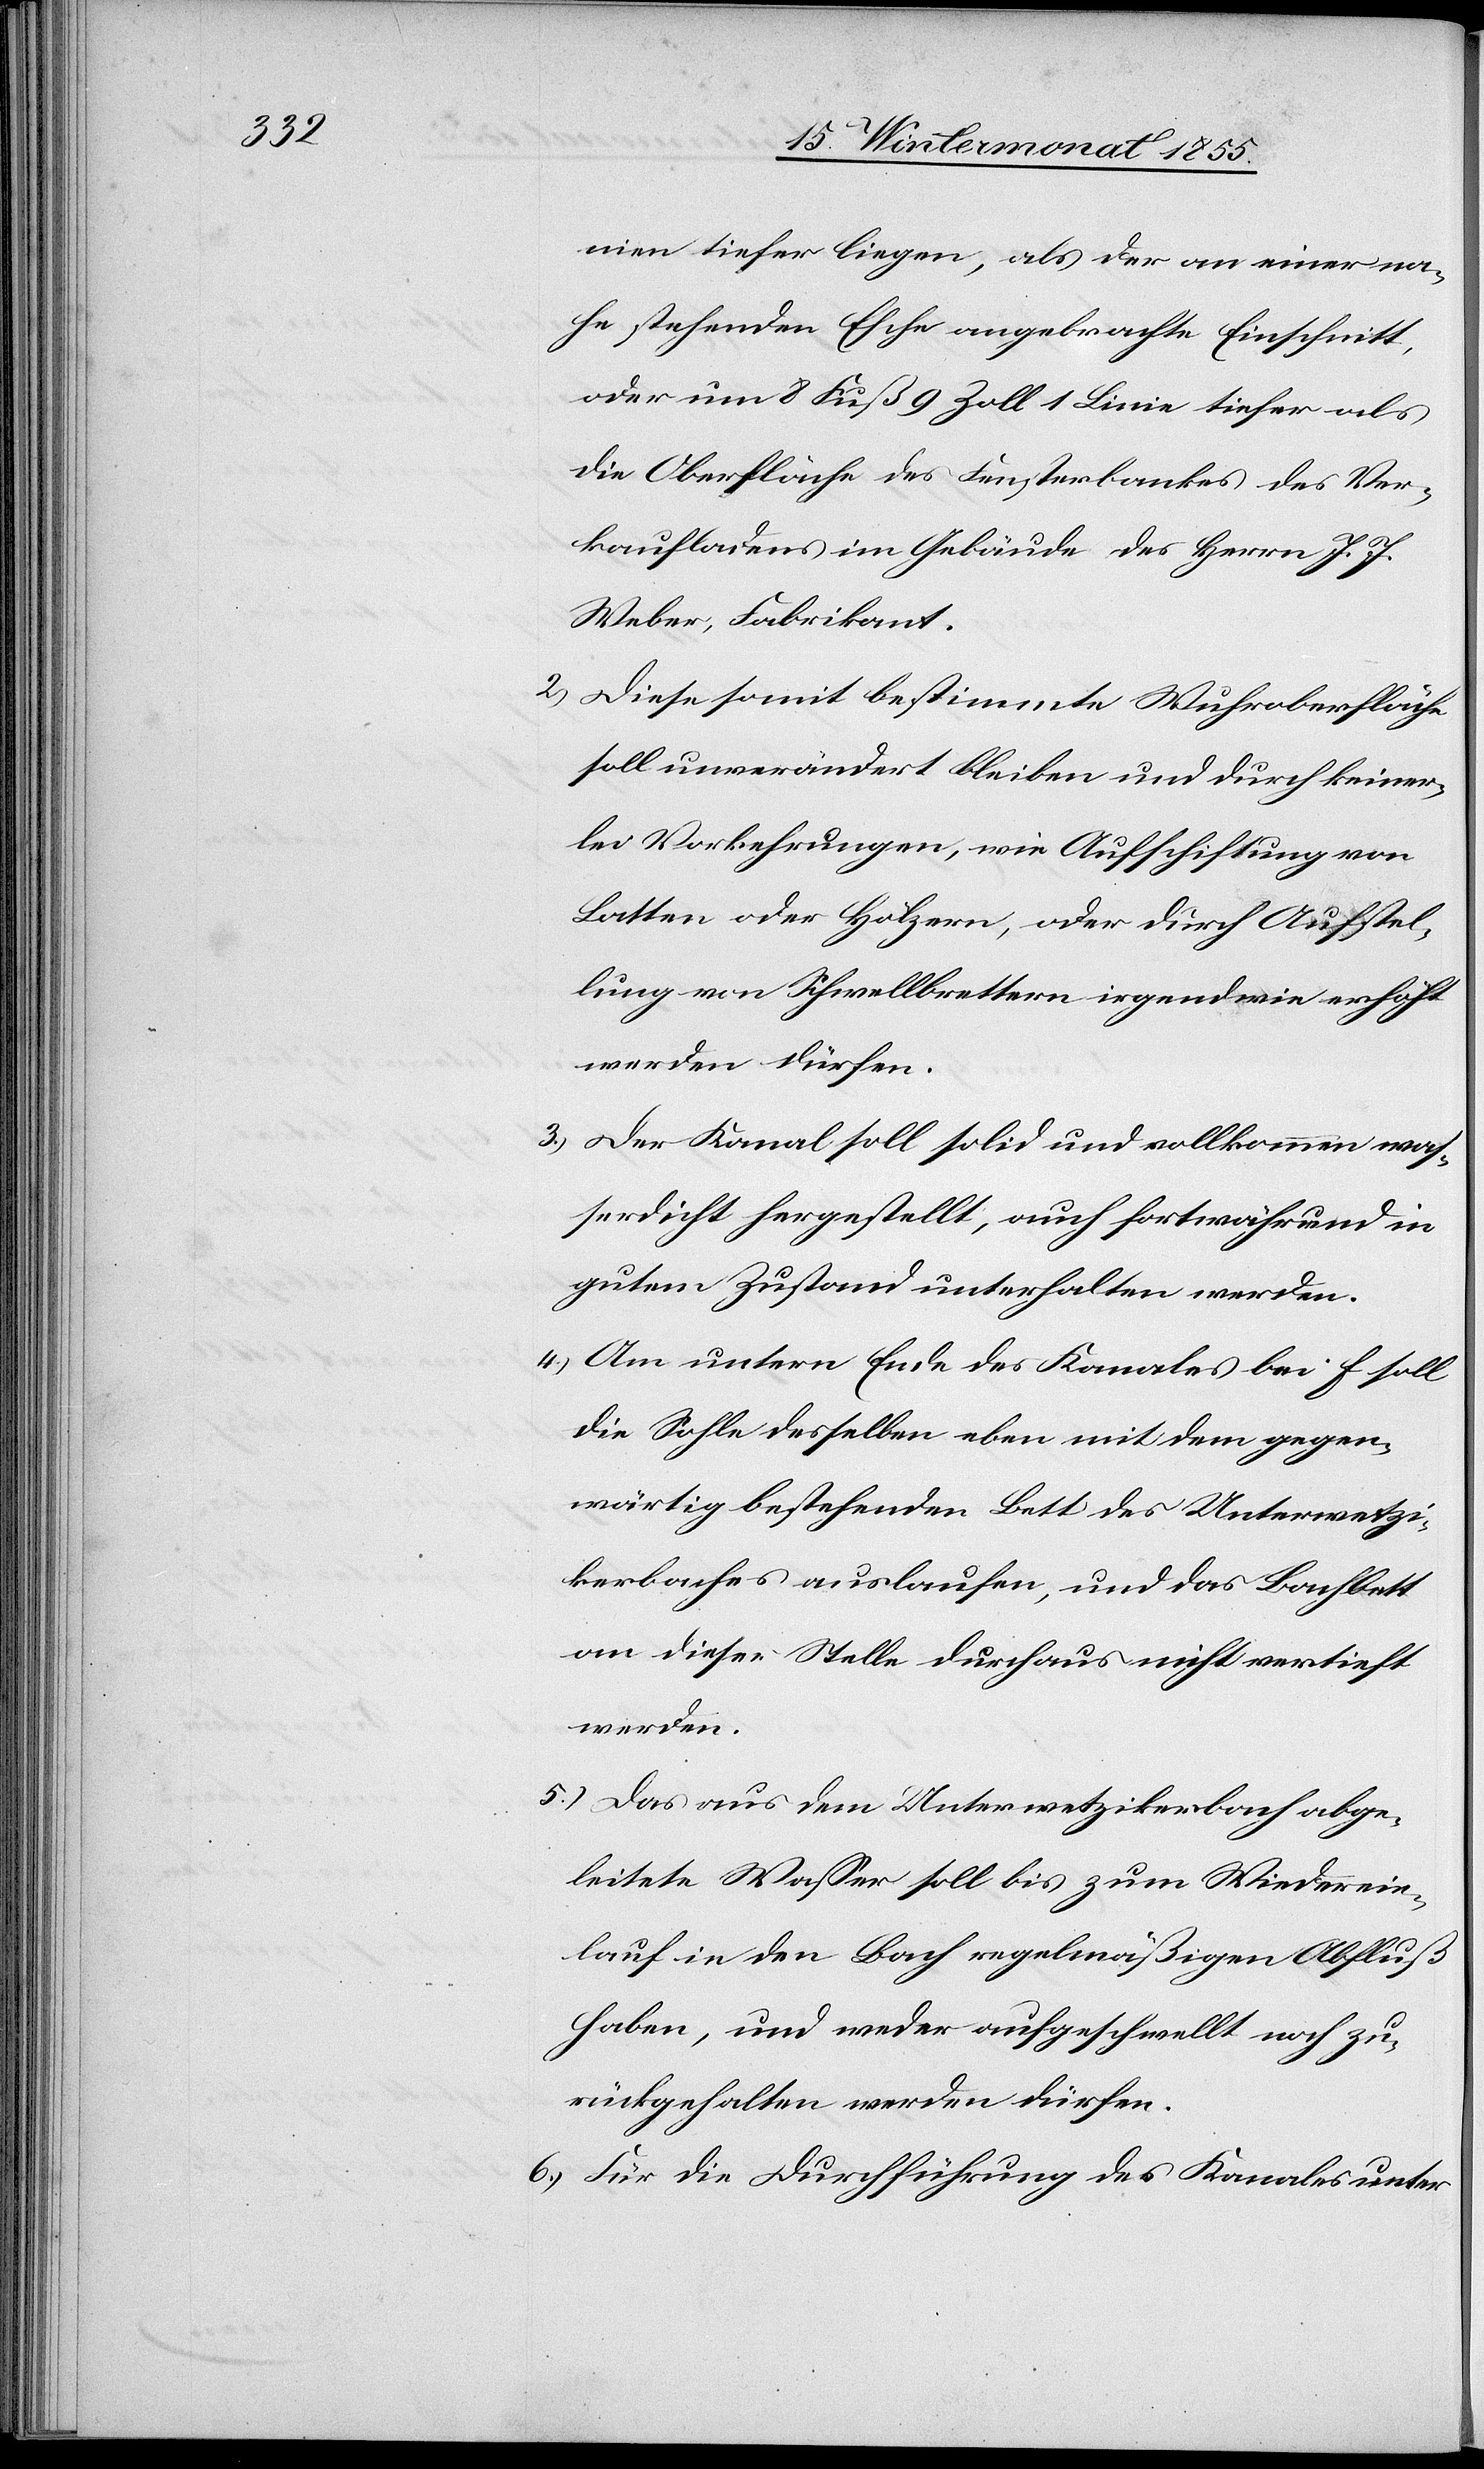
nien tiefer liegen, als der an einer na¬
he stehenden Esche angebrachte Einschnitt,
oder um 8 Fuß 9 Zoll 1 Linie tiefer als
die Oberfläche des Fensterbankes des Ver¬
kaufsladens im Gebäude des Herrn J. J.
Weber, Fabrikant.
Diese somit bestimmte Wuhroberfläche
soll unverändert bleiben und durch keiner¬
lei Vorkehrungen, wie Aufschiftung von
Latten oder Hölzern, oder durch Aufstel¬
lung von Schwellbrettern irgendwie erhöht
werden dürfen.
Der Kanal soll solid und vollkommen was¬
serdicht hergestellt, auch fortwährend in
gutem Zustand unterhalten werden.
Am untern Ende des Kanales bei f soll
die Sohle desselben eben mit dem gegen¬
wärtig bestehenden Bett des Unterwetzi¬
kerbaches auslaufen, und das Bachbett
an dieser Stelle durchaus nicht vertieft
werden.
Das aus dem Unterwetzikerbach abge¬
leitete Wasser soll bis zum Wiederein¬
lauf in den Bach regelmäßigen Abfluß
haben, und weder aufgeschwellt noch zu¬
rückgehalten werden dürfen.
Für die Durchführung des Kanales unter